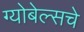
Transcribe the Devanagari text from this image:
ग्योबेल्सचे